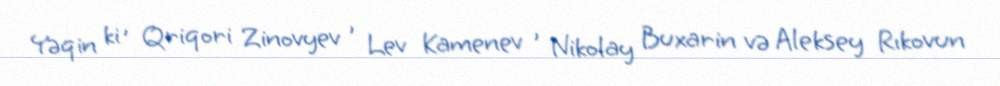
Yəqin ki , Qriqori Zinovyev , Lev Kamenev , Nikolay Buxarin və Aleksey Rıkovun